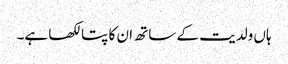
ہاں ولدیت کے ساتھ ان کا پتا لکھا ہے۔